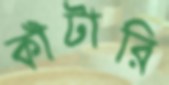
কাঁটারি